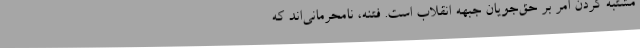
مشتبه کردن امر بر حق‌جویان جبهه انقلاب است. فتنه، نامحرمانی‌اند که